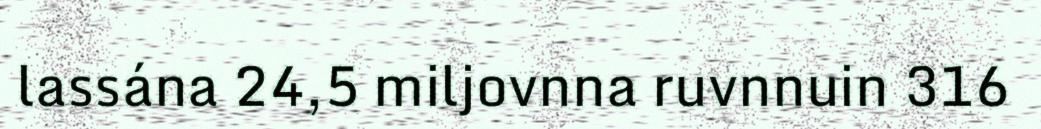
lassána 24,5 miljovnna ruvnnuin 316